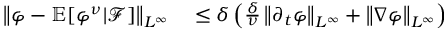
\begin{array} { r l } { \left\lVert \varphi - \mathbb E [ \varphi ^ { \nu } | \mathcal F ] \right\rVert _ { L ^ { \infty } } } & { { } \le \delta \left( \frac \delta \nu \left\lVert \partial _ { t } \varphi \right\rVert _ { L ^ { \infty } } + \left\lVert \nabla \varphi \right\rVert _ { L ^ { \infty } } \right) } \end{array}